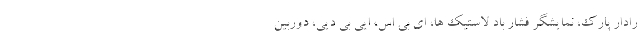
رادار پارک، نمایشگر فشار باد لاستیک ها، ای بی اس، ایی بی دیی، دوربین